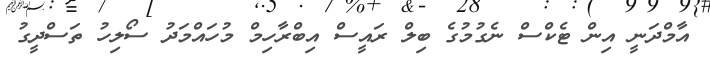
އާމްދަނީ އިން ޓެކްސް ނެގުމުގެ ބިލް ރައީސް އިބްރާހިމް މުހައްމަދު ސޯލިހު ތަސްދީގު